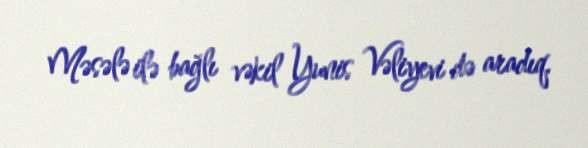
Məsələ ilə bağlı vəkil Yunis Vəliyevi də aradıq.